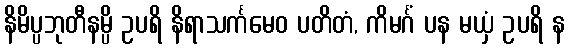
နိမိပ္ပဘုတီနမ္ပိ ဥပရိ နိရာသင်္ကမေဝ ပတိတံ, ကိမင်္ဂံ ပန မယှံ ဥပရိ န